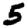
Digit: 5